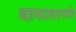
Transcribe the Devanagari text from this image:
अहमदाबादमधील